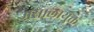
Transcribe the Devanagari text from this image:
मसालायुक्त